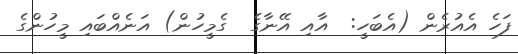
ފަހެ އެއުރެން (އެބަހީ:  އާއި އޭނާގެ  ގެމީހުން) އަނެއްބައި މީހުންގެ